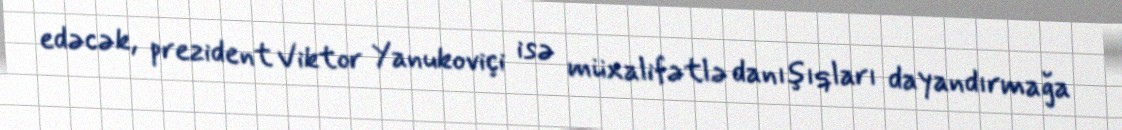
edəcək, prezident Viktor Yanukoviçi isə müxalifətlə danışıqları dayandırmağa